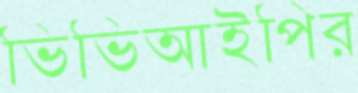
ভিভিআইপির